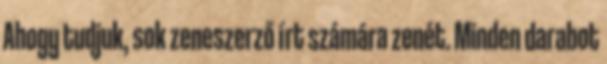
Ahogy tudjuk, sok zeneszerző írt számára zenét. Minden darabot